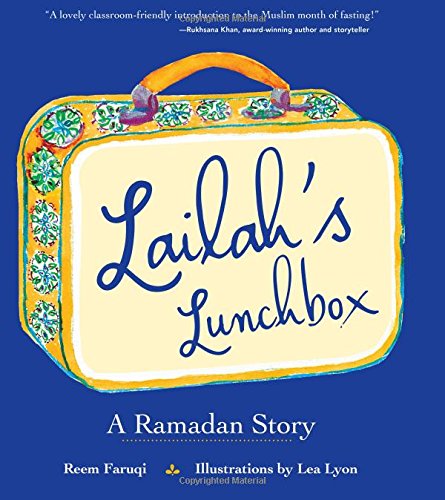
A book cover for Lailah's Lunchbox: A Ramadan Story; Reem Faruqi; Children's Books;